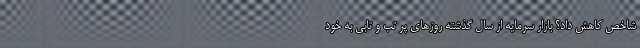
شاخص کاهش داد؟ بازار سرمایه از سال گذشته روزهای پر تب و تابی به خود